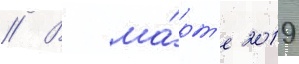
// В ма́рт'е 2019